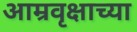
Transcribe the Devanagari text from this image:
आम्रवृक्षाच्या